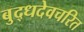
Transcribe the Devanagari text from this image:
बुद्धदेवचरित